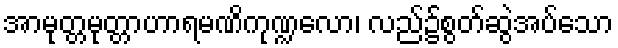
အာမုတ္တမုတ္တာဟာရမဏိကုဏ္ဍလော၊ လည်၌စွတ်ဆွဲအပ်သော